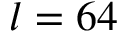
l = 6 4